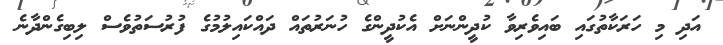
އަދި މި ހަރަކާތުގައި ބައިވެރިވާ ކުދީންނަށް އެކުދީންގެ ހުނަރުތައް ދައްކައިލުމުގެ ފުރުސަތުވެސް ލިބިގެންދާނެ